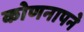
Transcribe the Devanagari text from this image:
कोणनापने